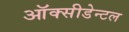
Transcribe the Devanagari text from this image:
ऑक्सीडेन्टल